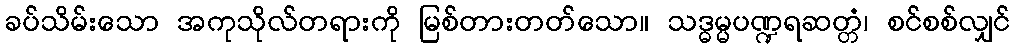
ခပ်သိမ်းသော အကုသိုလ်တရားကို မြစ်တားတတ်သော။ သဒ္ဓမ္မပဏ္ဍရဆတ္တံ၊ စင်စစ်လျှင်